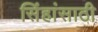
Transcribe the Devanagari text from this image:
सिंहांसाठी